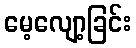
မေ့လျော့ခြင်း